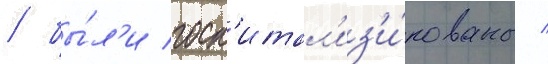
/ бы́л'и госп'итал'из'и́рованы /